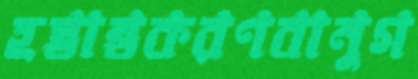
হস্তান্তকরণবানুগ